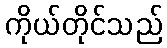
ကိုယ်တိုင်သည်